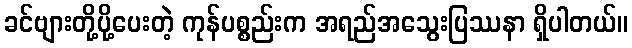
ခင်ဗျားတို့ပို့ပေးတဲ့ ကုန်ပစ္စည်းက အရည်အသွေးပြဿနာ ရှိပါတယ်။